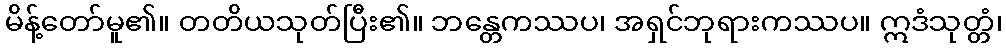
မိန့်တော်မူ၏။ တတိယသုတ်ပြီး၏။ ဘန္တေကဿပ၊ အရှင်ဘုရားကဿပ။ ဣဒံသုတ္တံ၊